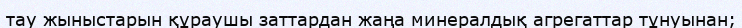
тау жыныстарын құраушы заттардан жаңа минералдық агрегаттар тұнуынан;